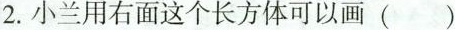
2.小兰用右面这个长方体可以画()